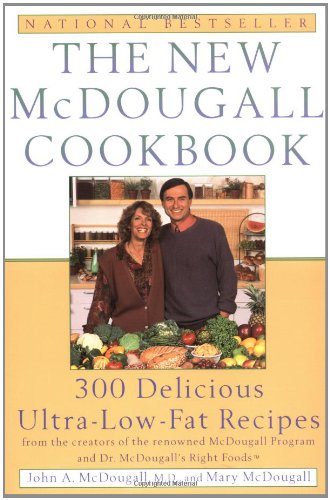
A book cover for The New McDougall Cookbook: 300 Delicious Ultra-Low-Fat Recipes; John A. McDougall; Cookbooks, Food & Wine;